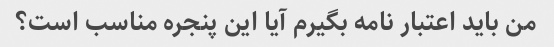
من باید اعتبار نامه بگیرم آیا این پنجره مناسب است؟